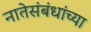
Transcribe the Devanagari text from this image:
नातेसंबंधांच्या